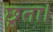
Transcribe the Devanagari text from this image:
छूता।